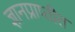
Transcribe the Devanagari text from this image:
ज्ञानप्राप्तीत